Vital statistics of India. Vol. IV, Annual returns from 1871 to 1876. British Army of India, Native Army and jails of Bengal
Year: 1871
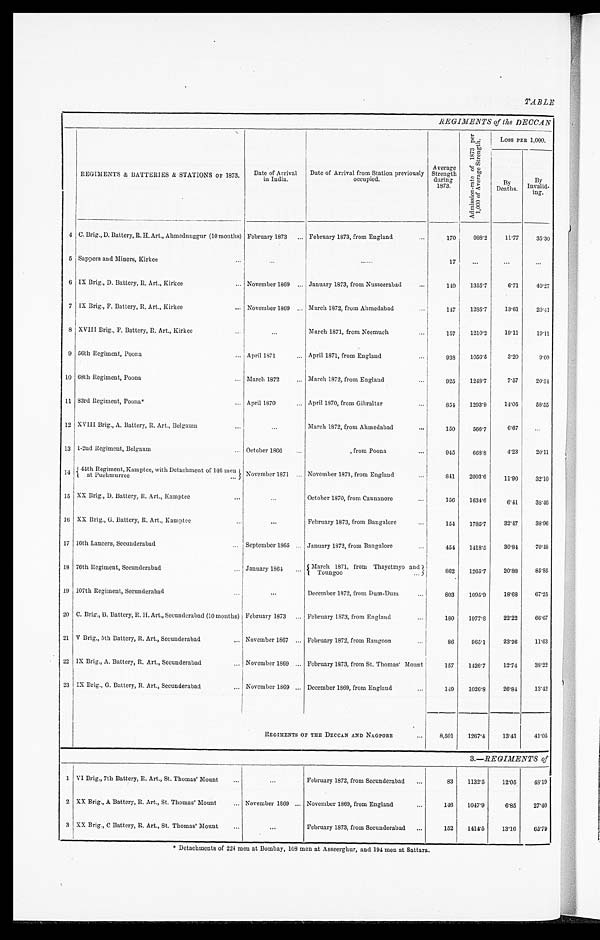
REGIMENTS of the DECCAN
REGIMENTS & BATTERIES & STATIONS OF 1873.
Date of Arrival
in India.
Date of Arrival from Station previously
occupied.
Average
Strength
during
1873.
A d m i s s i o n - r a t e o f 1 8 7 3 p e r 1 , 0 0 0 o f A v e r a g e S t r e n g t h .
Loss PER 1,000.
BY
Deaths.
By
Inval i d-i ng
.
4 C. Brig., D. Battery, R.H. Art., Ahmednuggur (10 months) February 1873 . . .
February 1873, from England . . .
170
988.2
11.77
35.30
5 Sappers and Miners, Kirkee . . .
. . .
. . .
17
. . .
. . .
. . .
6 IX Brig., D. Battery, R. Art., Kirkee . . .
November 1869 . . .
January 1873, from Nusseerabad . . .
149
1355.7
6.71
40.27
7 IX Brig., F. Battery, R. Art., Kirkee . . .
November 1869 . . .
March 1872, from Ahmedabad . . .
147
1285.7
13.61
20.41
8 XVIII Brig., F. Battery, R. Art., Kirkee . . .
. . .
March 1871, from Neemuch . . .
157
1210.2
19.11
19.11
9 56th Regiment, Poona . . .
April 1871 . . .
April 1871, from England . . .
938
1056.5
3.20
9.60
10 68th Regiment, Poona . . .
March 1872 . . .
March 1872, from England
. . .
925
1248.7
7.57
20.54
11 83rd Regiment, Poona* . . .
April 1870 . . .
April 1870, from Gibraltar . . .
854
1293.9
14.05
58.55
12 XVIII Brig., A. Battery, R. Art., Belgaum . . .
. . .
March 1872, from Ahmedabad . . .
150
566.7
6.67
. . .
13 1-2nd Regiment, Belgaum
. . . October 1866 . . .
, from Poona . . .
945
668.8
4.23
20.11
1 4
44th Regiment, Kamptee, with Detachment of 146 men
a t P u c h m u r r e e . . .
November 1871 . . .
November 1871, from England . . .
841
2003.6
11.90
32.10
15 XX Brig., D. Battery, R. Art., Kamptee . . .
. . .
October 1870, from Cannanore . . .
156
1634.6
6.41
38.46
10 XX Brig., G. Battery, R. Art., Kamptee . . .
. . .
February 1873, from Bangalore . . .
154
1785.7
32.47
38.96
17 16th Lancers, Secunderabad . . .
September 1865 . . .
January 1872, from Bangalore . . .
454
1418.5
30.84
70.48
18 76th Regiment, Secunderabad . . .
January 1864 . . .
M a r c h 1 8 7 1 , f r o m T h a y e t m y o a n d T o u n g o o . . .
862
1265.7
20.88
85.85
19 107th Regiment, Secunderabad . . .
. . .
D e c m b e r 1 8 7 2 , f r o m D u m - D u m
. . .
803
1095.9
18.68
67.25
20 C. Brig., B. Battery, R.H. Art., Secunderabad (10 months) February 1873 . . .
February 1873, from England . . .
180
1977.8
22.22
66.67
21 V Brig., 5th Battery, R. Art., Secunderabad . . .
November 1867 . . .
February 1872, from Rangoon . . .
86
965.1
23.26
11.63
22 IX Brig., A. Battery, R. Art., Secunderabad . . .
November 1869 . . .
February 1873, from St. Thomas' Mount
157
1426.7
12.74
38.22
23 IX Brig., G. Battery, R. Art., Secunderabad . . .
November 1869 . . .
December 1869, from England . . .
1 4 9
1026.8
26.84
13.42
REGIMENTS OF THE DECCAN AND NAGPORE . . .
8 , 5 0 1
1267.4
13.41
41.05
3.—REGIMENTS of
1 VI Brig., 7th Battery, R. Art., St. Thomas' Mount . . .
. . .
February 1872, from Secunderabad
. . .
83
1132.5
12.05
48.19
2 XX Brig., A Battery, R. Art., St. Thomas' Mount . . . November 1869 . . .
November 1869, from England . . .
146
1047.9
6.85
27.40
3 XX Brig., C Battery, R. Art., St. Thomas' Mount . . .
. . .
February 1873, from Secunderabad . . .
152
1414.5
13.16
65.79
* Detachments of 224 men at Bombay, 108 men at Asseerghur, and 194 men at Sattara.